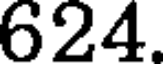
624.